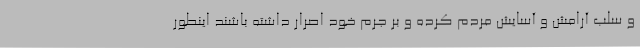
و سلب آرامش و آسایش مردم کرده و بر جرم خود اصرار داشته باشند اینطور